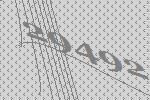
29492